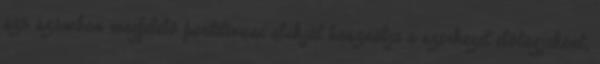
szó számban megfelelő partitivusi alakját használja a szerkezet előtagjaként,